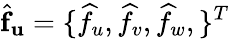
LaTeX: \widehat{\mathbf{f}}_{\mathbf{u}}=\{ \widehat{f}_{u},\widehat{f}_{v},\widehat{f}_{w},\} ^{T}